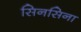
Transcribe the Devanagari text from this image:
सिनसिना